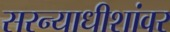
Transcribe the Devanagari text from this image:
सरन्याधीशांवर